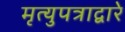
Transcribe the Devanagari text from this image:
मृत्युपत्राद्वारे